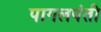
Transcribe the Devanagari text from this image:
पागलपंती